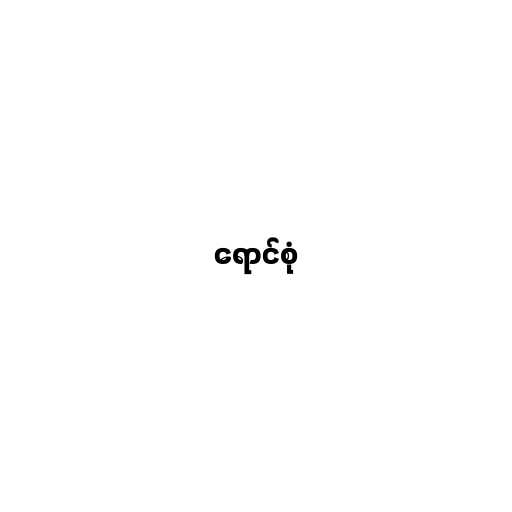
ရောင်စုံ